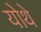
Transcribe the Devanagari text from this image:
योथे